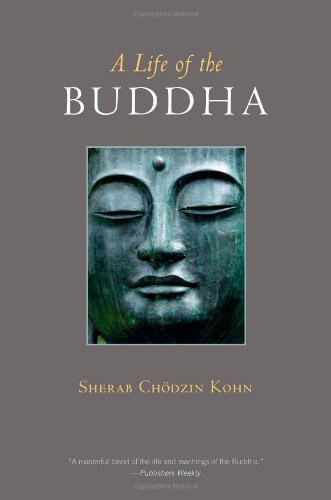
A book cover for A Life of the Buddha; Sherab Chodzin Kohn; Religion & Spirituality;